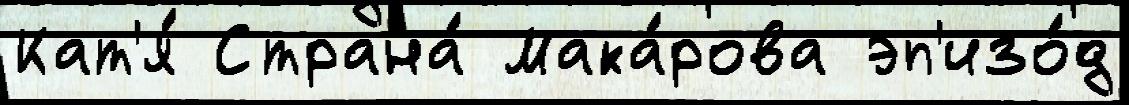
Кат'я́ Страна́ Мака́рова эп'изо́д